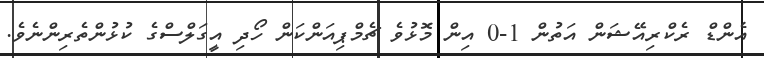
އެންޑް ރެކްރިއޭޝަން އަތުން 1-0 އިން މޮޅުވެ ޗެމްޕިއަންކަން ހޯދި އީގަލްސްގެ ކުޅުންތެރިންނެވެ.